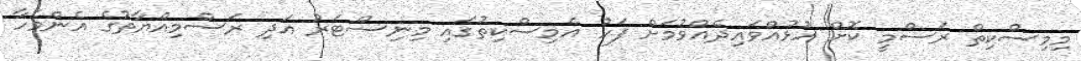
މިމިސްކިތް ރަސްމީ ކޮށް ހުޅުއްވައިދެއްވުމަށް ފަހު އެމިސްކިތުގައި މިނިސްޓަރު އަދި ރަސްމިއްޔާތުގެ އެންމެހާ